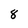
Character: 8